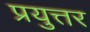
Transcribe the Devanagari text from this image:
प्रयुत्तर